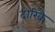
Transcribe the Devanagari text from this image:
दोरिकै